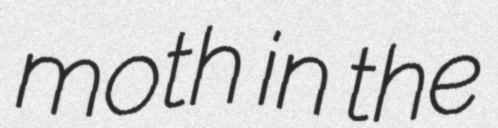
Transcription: moth in the